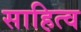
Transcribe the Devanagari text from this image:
साहित्व